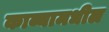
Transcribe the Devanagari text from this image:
काव्यामधील